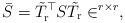
LaTeX: \begin{align*} \bar{S} = \tilde{T}_{\rm r}^\top S \tilde{T}_{\rm r} \in \real^{r \times r},\end{align*}